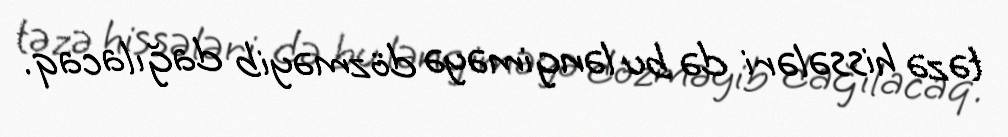
təzə hissələri də bu ləngiməyə dözməyib dağılacaq.